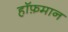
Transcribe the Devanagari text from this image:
हॉफ़मान